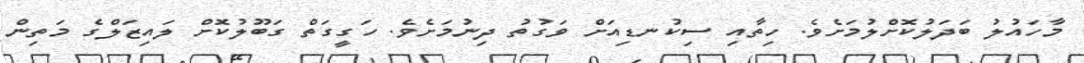
މާހައުލު ބަދަލުކޮށްލުމަށެވެ. ހިތާއި ސިކުނޑިއަށް ވަގުތު ދިނުމަށެވެ. ހަގީގަތް ގަބޫލުކޮށް ލައިޒަލްގެ މަތިން